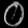
Digit: ၀